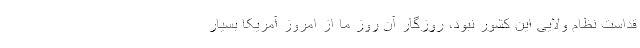
قداست نظام ولایی این کشور نبود، روزگار آن روز ما از امروز آمریکا بسیار